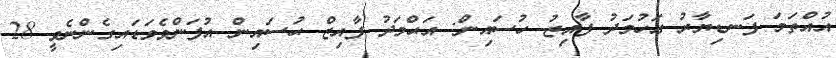
އުއްތަމަ ފަނޑިޔާރު އަހުމަދު ފާއިޒު ހުސައިން: އަޙްމަދު ފާއިޒް ޙުސައިން އުފަންވެވަޑައިގެންނެވީ 28